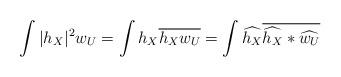
LaTeX: \begin{align*} \int|h_X|^2w_U&=\int h_X \overline{h_Xw_U}=\int \widehat{h_X}\overline{\widehat{h_X}*\widehat{w_U}}\end{align*}